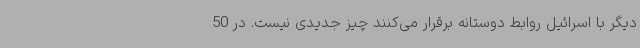
دیگر با اسرائیل روابط دوستانه برقرار می‌کنند چیز جدیدی نیست. در 50